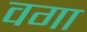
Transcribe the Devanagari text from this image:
वगा